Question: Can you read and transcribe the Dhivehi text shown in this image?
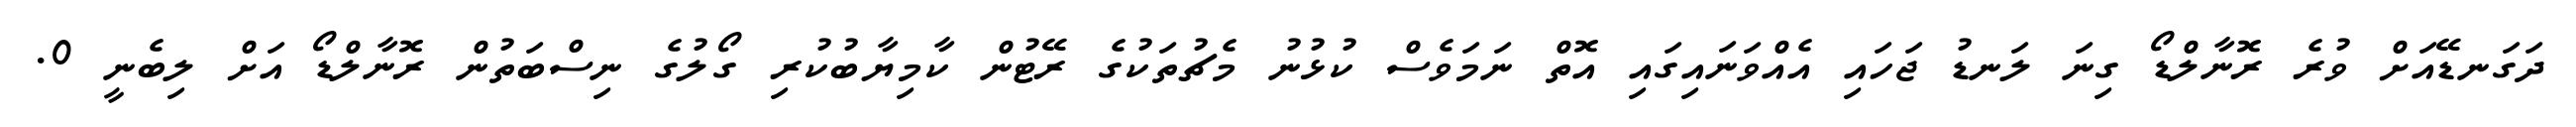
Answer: ދަގަނޑޭއަށް ވުރެ ރޮނާލްޑޯ ގިނަ ލަނޑު ޖަހައި އެއްވަނައިގައި އޮތް ނަމަވެސް ކުޅުނު މެޗުތަކުގެ ރޭޓުން ކާމިޔާބުކުރި ގޯލުގެ ނިސްބަތުން ރޮނާލްޑޯ އަށް ލިބެނީ 0.